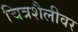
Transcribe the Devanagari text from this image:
चित्रशैलीवर